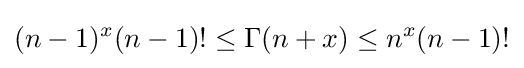
(n-1)^{x}(n-1)!\leq \Gamma (n+x)\leq n^{x}(n-1)!